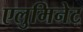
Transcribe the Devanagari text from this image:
एलुमिनेट